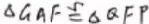
\Delta G A F \cong \Delta Q F P